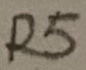
Text: R5